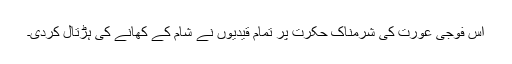
اس فوجی عورت کی شرمناک حکرت پر تمام قیدیوں نے شام کے کھانے کی ہڑتال کردی۔